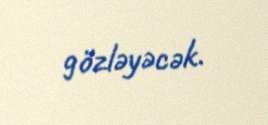
gözləyəcək.